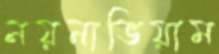
নয়নাভিয়াম